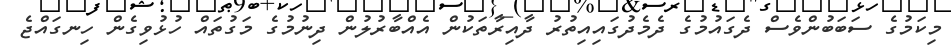
މިކަމުގެ ސަބަބުންވެސް ދެގައުމުގެ ދެމެދުގައިއިތުރު ދާއިރާތަކުން އެއްބާރުލުން ދިނުމުގެ މަގުތައް ހުޅުވިގެން ހިނގައްޖެ